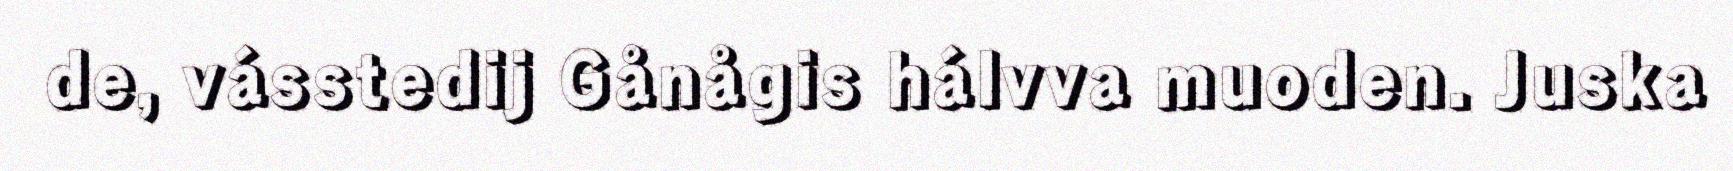
de, vásstedij Gånågis hálvva muoden. Juska